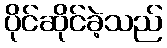
ပိုင်ဆိုင်ခဲ့သည်